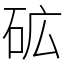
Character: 砿